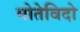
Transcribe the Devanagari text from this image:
मोतेविदो